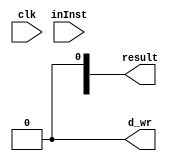
module alu (inInst, clk, result, d_wr);
  input clk;
  // 32-bit Instuction
  input [31:0] inInst;

  reg [4:0]   rs;
  reg [4:0]   rt;
  reg [4:0]   rd;
  reg [5:0]   funct;
  reg [15:0]  addr;
  output [31:0] result;
  reg [31:0] result;
  output reg d_wr;


  initial begin
    d_wr = 0;
  end
  always @ ( * ) begin

    // Check if Arithmethic Op
    if(inInst[31:26] == 6'b000000) begin
      // Split instructions
      rs = inInst[25:21];
      rt = inInst[20:16];
	    rd = inInst[15:11];
      funct = inInst[5:0];

      // Addition
      if (funct == 6'b100000) begin

      end
      // Subtraction
      else if (funct == 6'b100010) begin

      end
      // SLT
      else if (funct == 6'b101010) begin

      end
    end

    // Check if Memory Op
    else begin
      // Split Instruction
      rs = inInst[25:21];
    	rt = inInst[20:16];
    	addr = inInst[15:0];
    end
  end



endmodule //